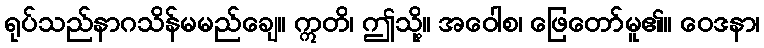
ရုပ်သည်နာဂသိန်မမည်ချေ။ ဣတိ၊ ဤသို့။ အဝေါစ၊ ဖြေတော်မူ၏။ ဝေဒနာ၊